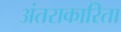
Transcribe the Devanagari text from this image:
अंतराकारिता